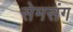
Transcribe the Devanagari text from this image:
सेमसंग